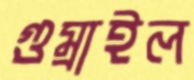
গুম্‌রাইল